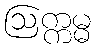
ဩက္ကမ္မ